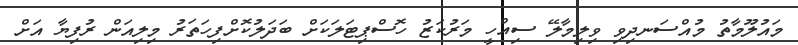
މައުލޫމާތު މުއްސަނދިވި ވިލިމާލޭ ސިއްހީ މަރުކަޒު ހޮސްޕިޓަލަކަށް ބަދަލުކޮށްފިހަތަރު މިލިއަން ރުފިޔާ އަށް